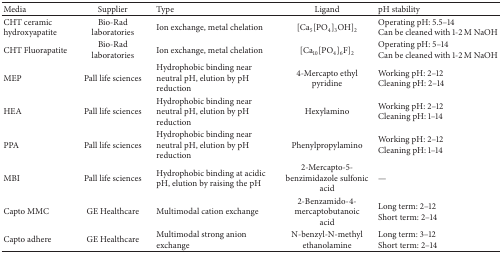
<table><thead><tr><td><b>Media </b></td><td><b>Supplier </b></td><td><b>Type </b></td><td><b>Ligand </b></td><td><b>pH stability </b></td></tr></thead><tbody><tr><td>CHT ceramic hydroxyapatite </td><td>Bio-Rad laboratories </td><td>Ion exchange, metal chelation </td><td>[Ca<sub>5</sub>[PO<sub>4</sub>]<sub>3</sub>OH]<sub>2</sub></td><td>Operating pH: 5.5–14 Can be cleaned with 1-2 M NaOH </td></tr><tr><td>CHT Fluorapatite </td><td>Bio-Rad laboratories</td><td>Ion exchange, metal chelation </td><td>[Ca<sub>10</sub>[PO<sub>4</sub>]<sub>6</sub>F]<sub>2</sub></td><td>Operating pH: 5–14 Can be cleaned with 1-2 M NaOH </td></tr><tr><td>MEP </td><td>Pall life sciences </td><td>Hydrophobic binding near neutral pH, elution by pH reduction </td><td>4-Mercapto ethyl pyridine </td><td>Working pH: 2–12 Cleaning pH: 2–14 </td></tr><tr><td>HEA </td><td>Pall life sciences</td><td>Hydrophobic binding near neutral pH, elution by pH reduction</td><td>Hexylamino </td><td>Working pH: 2–12 Cleaning pH: 1–14</td></tr><tr><td>PPA </td><td>Pall life sciences</td><td>Hydrophobic binding near neutral pH, elution by pH reduction</td><td>Phenylpropylamino </td><td>Working pH: 2–12 Cleaning pH: 1–14</td></tr><tr><td>MBI </td><td>Pall life sciences</td><td>Hydrophobic binding at acidic pH, elution by raising the pH </td><td>2-Mercapto-5-benzimidazole sulfonic acid </td><td>—</td></tr><tr><td>Capto MMC </td><td>GE Healthcare </td><td>Multimodal cation exchange </td><td>2-Benzamido-4-mercaptobutanoic acid </td><td>Long term: 2–12 Short term: 2–14 </td></tr><tr><td>Capto adhere </td><td>GE Healthcare</td><td>Multimodal strong anion exchange </td><td>N-benzyl-N-methyl ethanolamine </td><td>Long term: 3–12 Short term: 2–14</td></tr></tbody></table>